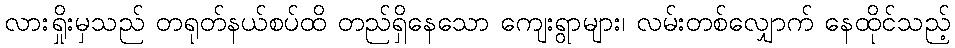
လားရှိုးမှသည် တရုတ်နယ်စပ်ထိ တည်ရှိနေသော ကျေးရွာများ၊ လမ်းတစ်လျှောက် နေထိုင်သည့်